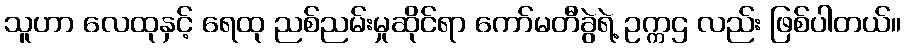
သူဟာ လေထုနှင့် ရေထု ညစ်ညမ်းမှုဆိုင်ရာ ကော်မတီခွဲရဲ့ ဥက္ကဌ လည်း ဖြစ်ပါတယ်။